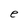
Character: e